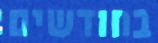
בחודשים